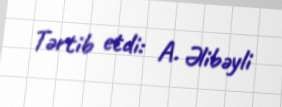
Tərtib etdi: A. Əlibəyli